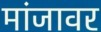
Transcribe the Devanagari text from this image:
मांजावर